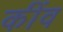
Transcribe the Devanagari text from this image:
कींव